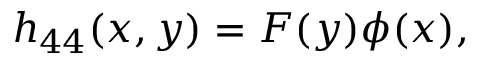
h _ { 4 4 } ( x , y ) = F ( y ) \phi ( x ) ,